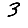
Digit: 3